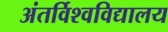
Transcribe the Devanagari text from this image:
अंतर्विश्वविद्यालय